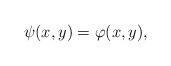
LaTeX: \begin{align*}\psi(x,y)=\varphi(x,y),\end{align*}